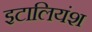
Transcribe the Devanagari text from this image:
इटालियंश